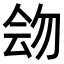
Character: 𠊉